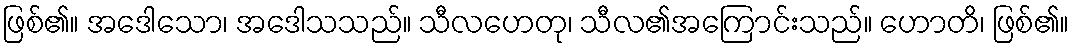
ဖြစ်၏။ အဒေါသော၊ အဒေါသသည်။ သီလဟေတု၊ သီလ၏အကြောင်းသည်။ ဟောတိ၊ ဖြစ်၏။